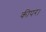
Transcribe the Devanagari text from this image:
कीपर।